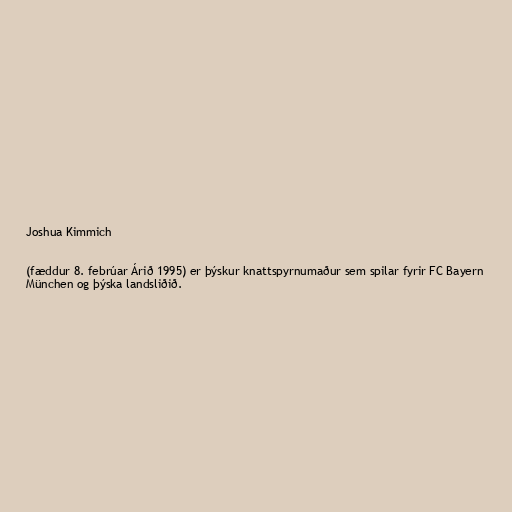
Joshua Kimmich

(fæddur 8. febrúar Árið 1995) er þýskur knattspyrnumaður sem spilar fyrir FC Bayern
München og þýska landsliðið.